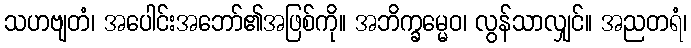
သဟဗျတံ၊ အပေါင်းအဘော်၏အဖြစ်ကို။ အဘိက္ခမ္မေဝ၊ လွန်သာလျှင်။ အညတရံ၊